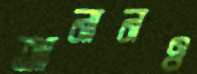
আনানও